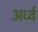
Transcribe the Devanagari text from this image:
अर्ध्व